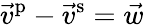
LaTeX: \vec{v}^{\mathrm{p}}-\vec{v}^{\mathrm{s}}=\vec{w}